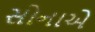
સોનાએ